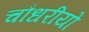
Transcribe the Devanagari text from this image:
चौधरीयों